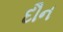
દૌન